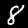
Label: 8